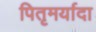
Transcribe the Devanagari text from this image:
पितृमर्यादा